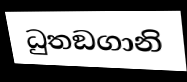
ධුතඞගානි